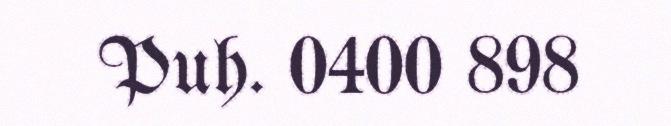
Puh. 0400 898